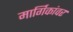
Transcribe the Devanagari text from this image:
मार्गिकांवर